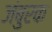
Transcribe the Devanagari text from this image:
जंबुरक